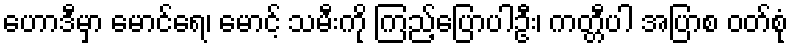
ဟောဒီမှာ မောင်ရေ၊ မောင့် သမီးကို ကြည့်ပြောပါဦး၊ ကတ္တီပါ အပြာစ ဝတ်စုံ